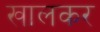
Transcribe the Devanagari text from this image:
खालकर